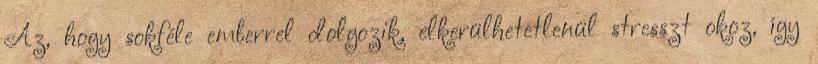
Az, hogy sokféle emberrel dolgozik, elkerülhetetlenül stresszt okoz, így